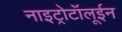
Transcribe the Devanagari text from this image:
नाइट्रोटॉलूईन